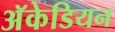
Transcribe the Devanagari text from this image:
अॅकेडियन